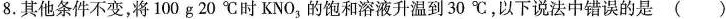
8.其他条件不变，将100g20℃时KNO_{3}，的饱和溶液升温到30℃，以下说法中错误的是()